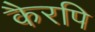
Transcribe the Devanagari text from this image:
कैरपि